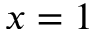
x = 1